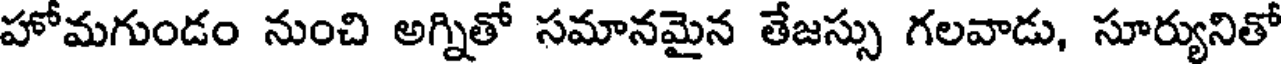
హోమగుండం నుంచి అగ్నితో సమానమైన తేజస్సు గలవాడు, సూర్యునితో